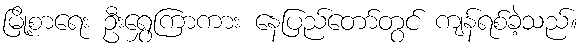
မြို့စာရေး ဦးရွှေကြာကား နေပြည်တော်တွင် ကျန်ရစ်ခဲ့သည်။